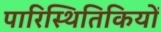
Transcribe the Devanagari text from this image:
पारिस्थितिकियों